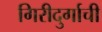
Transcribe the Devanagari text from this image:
गिरीदुर्गाची